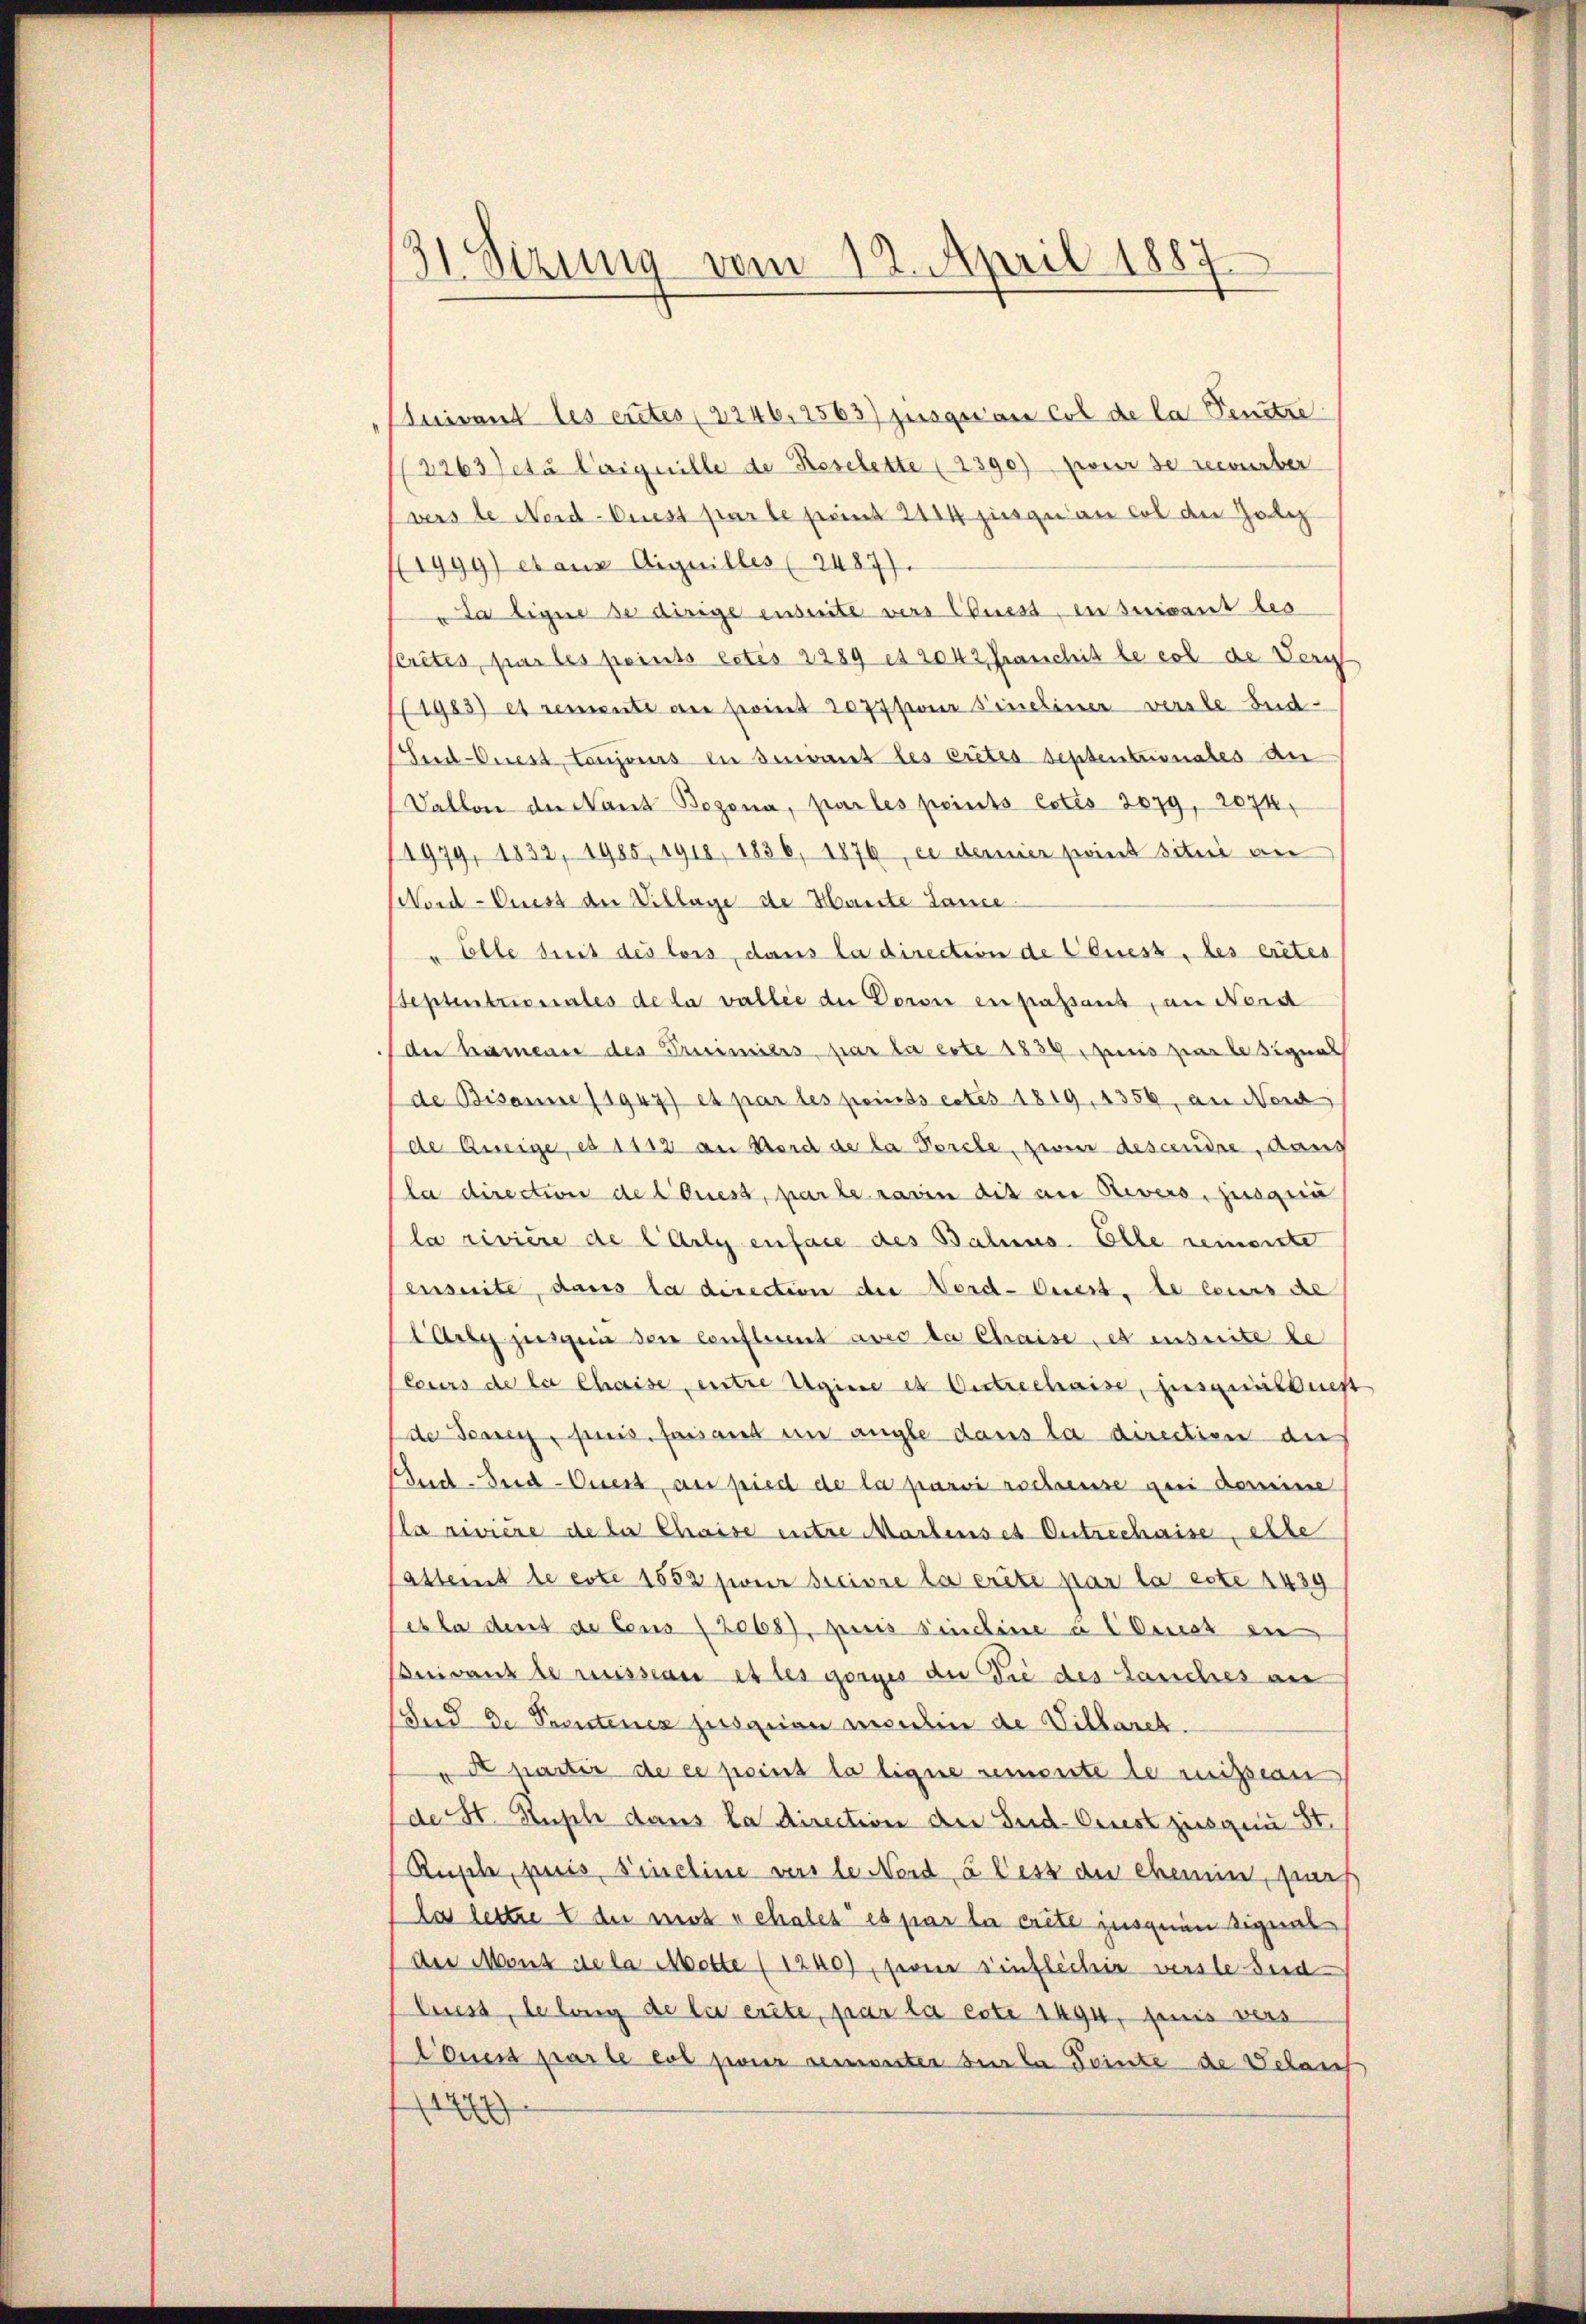
31. Sizung vom 12. April 1884
—

luivant les ertes (2246, 1563) jusquan col de la Benutze
2263 fetà Coiguille de Reselette (2390) zweir de recourber
verste Nord-Ciest par le prent 2114 jusqu’au col die Zol
1999) et aus Aiguilles (2487).
da ligne se dirige enseite vers Chiest, in suivant beo
scrites, pas les peints estes 2289 et 2042 Franchit le col de Verg
1985) et remente an sind 2077 pour Fineliner verste Bud-
Snd-Onest toujours in seinet les crites Septentionales an
Vallon der Nant Bogona, par les peints Cotis 2079, 2074,
1979, 1832, 1985, 1918, 1836, 1876, es demier point situé an
Nord-Cuess der Village de Hauste Lane
" Elle seit des lois, dans la direction de CQuess, des erites
Septentionales de la vallie der Doroi en passant, an Nord
der kamens des Prisimiers, par la erte 1839 punis zwar besigens
de Bisanne (1947) et par les points cotes 1819, 1356, an Nord
de Beseige, es 1112 an Bord de la Forche zweier descendre, dans
la direction de laues, par le marin dis an Revers, jusquin
la rivière de l’Arly enface des Bahnes. Elle reimente
ensuite, dans la direction der Nord-Auess, de cours de
Lardy zeigen den Conferent avec de Chaise es ensuite de
(Cours de la Chaise entre Ugine est Oestrechaise, ausgeiiberst
de Jennen, puis, faisand in ange dans la direction der
End-Sid-Ciest, au pied de la parvi rschreuse au domine
la rivière de la Chaise entre Martenset Entrechaise, elle
attent de erte 1552 jouir decisse la crite par la este 1439
esla dens de Cens (2068), puis sindine a Const in
Beiganz de musseau et les gorges du die des Lauches au
Und de Perutenex jusquien montin de Villanck.
A partir de ce point la ligne remonte de ruissan
(de St. Kusch dans la direction der Sud-Criest zugen St.
Rusch, puis, Fineline vers le Nord u less der ehemin, zus
la lettre e der mots schales es par la crite jusquin Signal
der Mont de la Mette (1240), ferner Einflicher verste sind
luss, le long de lie erste, par la este 1494, finis vers
Conest parte et jouir seinunter sie la Teinte de Schant
d